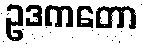
ဥဒကတော